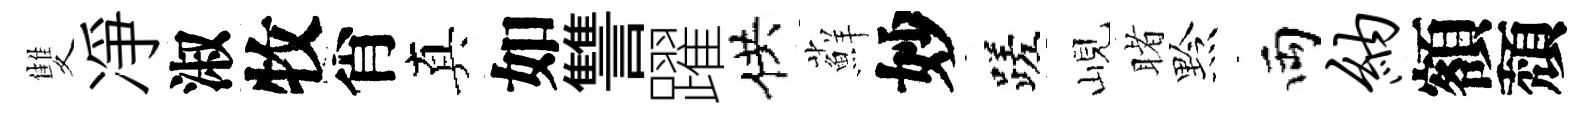
雙凈淑牧肖真如讐躍供蘚妙蹉峴睹黔両纳額頽